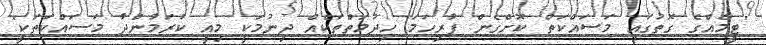
"ޓީމެއްގެ ގޮތުގައި މަސައްކަތް ކޮށްގެން ފުރިހަމަ ހިދުމަތްތަކެއް ދިނުމަކީ މިއީ ކުރަމުންދާ މަސައްކަތަކީ"